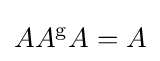
AA^{\mathrm {g} }A=A